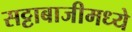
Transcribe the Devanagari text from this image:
सट्टाबाजीमध्ये